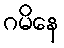
ဂမိနေ